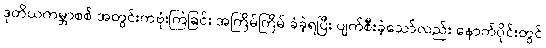
ဒုတိယကမ္ဘာစစ် အတွင်းကဗုံးကြဲခြင်း အကြိမ်ကြိမ် ခံခဲ့ရပြီး ပျက်စီးခဲ့သော်လည်း နောက်ပိုင်းတွင်